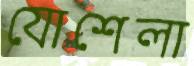
যোশেলা